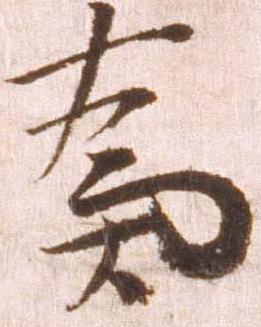
為